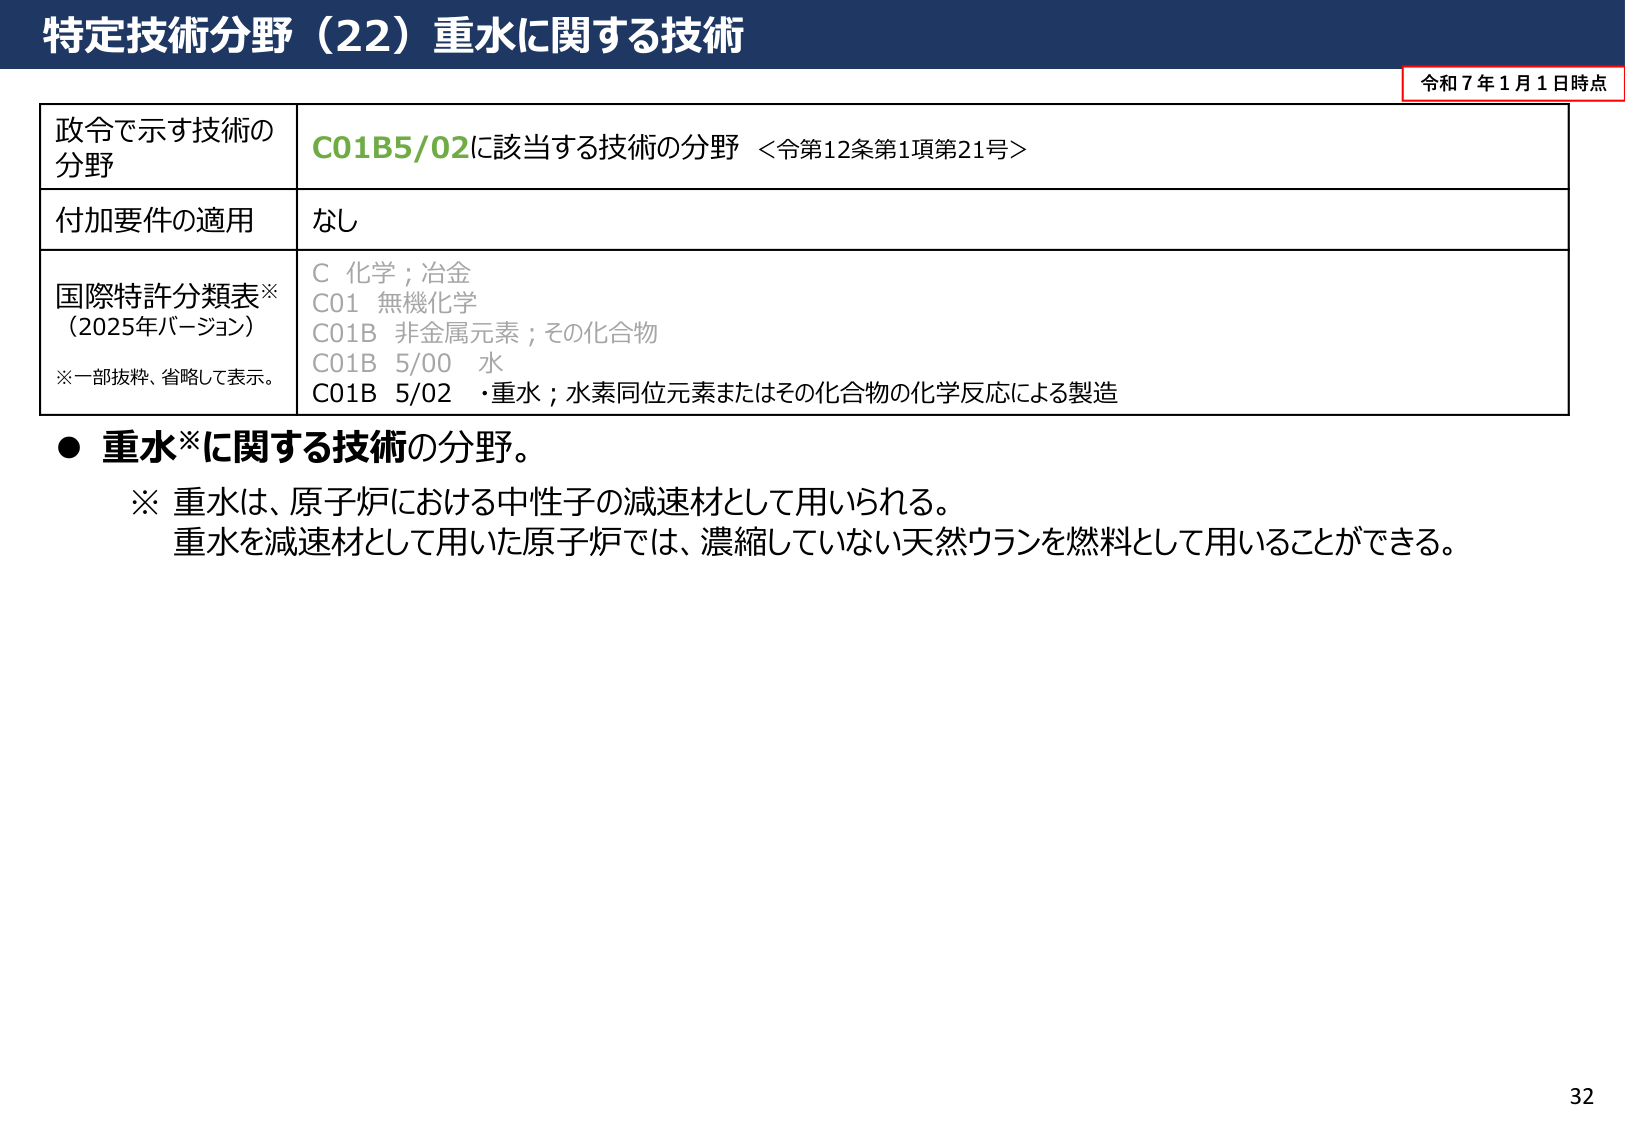
特定技術分野（22）重水に関する技術

令和7年1月1日時点

政令で示す技術の
分野
C01B5/02に該当する技術の分野 ＜令第12条第1項第21号＞

付加要件の適用
なし

国際特許分類表※
（2025年バージョン）
※一部抜粋、省略して表示。
C 化学；冶金
C01 無機化学
C01B 非金属元素；その化合物
C01B 5/00 水
C01B 5/02 ・重水；水素同位元素またはその化合物の化学反応による製造

● 重水※に関する技術の分野。
※ 重水は、原子炉における中性子の減速材として用いられる。
重水を減速材として用いた原子炉では、濃縮していない天然ウランを燃料として用いることができる。

32